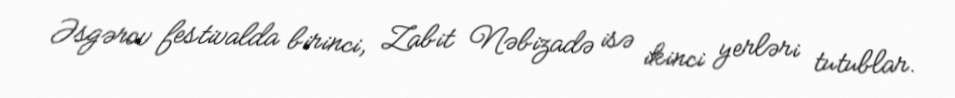
Əsgərov festivalda birinci, Zabit Nəbizadə isə ikinci yerləri tutublar.